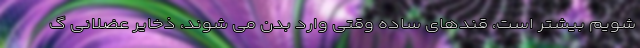
شویم بیشتر است، قندهای ساده وقتی وارد بدن می شوند، ذخایر عضلانی گ